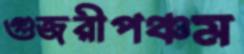
গুজরীপঞ্চম